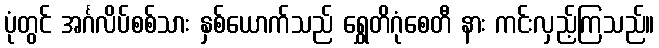
ပုံတွင် အင်္ဂလိပ်စစ်သား နှစ်ယောက်သည် ရွှေတိဂုံစေတီ နား ကင်းလှည့်ကြသည်။